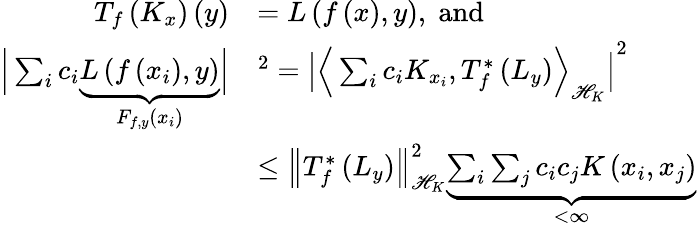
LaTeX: \begin{array}{rl}{T_{f}\left(K_{x}\right)\left(y\right)}&{=L\left(f\left(x\right),y\right),\; \mathrm{and}}\\ {\Big|\sum_{i}c_{i}\underset{F_{f,y}\left(x_{i}\right)}{\underbrace{L\left(f\left(x_{i}\right),y\right)}}\Big|}&{^{2}=\left|\Big\langle\sum_{i}c_{i}K_{x_{i}},T_{f}^{*}\left(L_{y}\right)\Big\rangle_{\mathscr{H}_{K}}\right|^{2}}\\ &{\leq\left\Vert T_{f}^{*}\left(L_{y}\right)\right\Vert_{\mathscr{H}_{K}}^{2}\underset{<\infty}{\underbrace{\sum_{i}\sum_{j}c_{i}c_{j}K\left(x_{i},x_{j}\right)}}}\end{array}